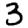
Digit: 3